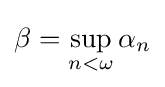
\beta =\sup _{n<\omega }\alpha _{n}